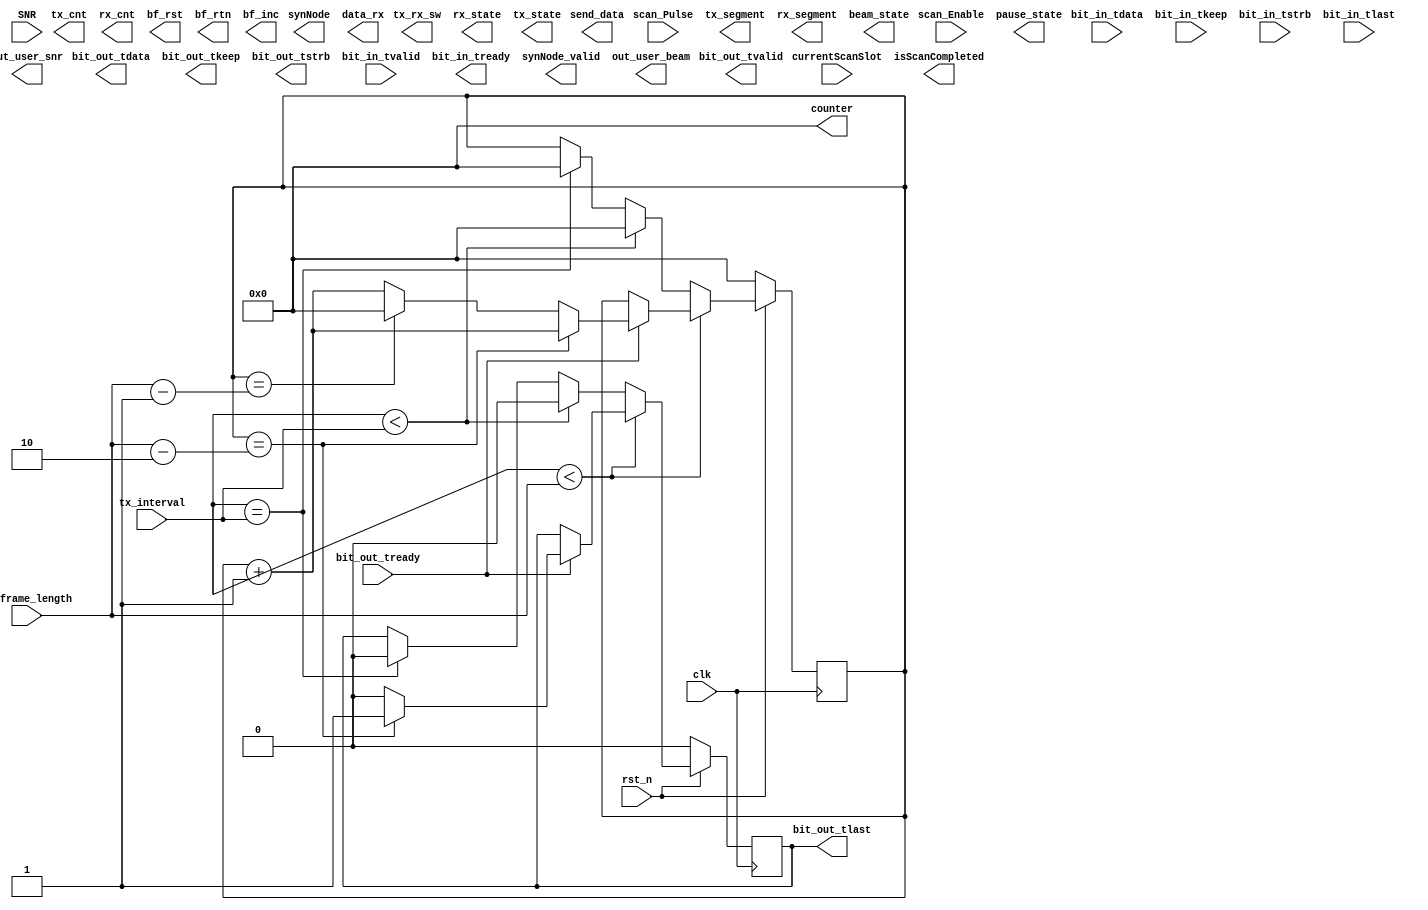
module beam_scan(
    input wire clk,
    input wire rst_n,
        
    input wire  [31:0] tx_interval,
    input wire  [31:0] tx_frame_length,
    
    input wire scan_Enable, // ־ǰΪɨȽ׶
    input wire scan_Pulse,  // ɨȹ̣ÿɨʱ϶ʼʱ̸
    input wire  [7:0] currentScanSlot,  //ǰɨʱ϶ͨʱʱ϶ȷǰ
    
    //˲Ϊݽӿ
    //ڻվ͹㲥źŰϢ
    //ûվϢ: (1)һʱ϶ڣÿյһ֡ݣǰӦ
    //                        2
    output wire [15:0] bit_out_tdata,
    output wire        bit_out_tvalid,
    input  wire        bit_out_tready,
    output wire  [1:0] bit_out_tkeep,
    output wire  [1:0] bit_out_tstrb,
    output reg         bit_out_tlast,
    
    //˲Ϊݽӿ
    //ڻվһʱ϶ڣÿ㲥һϢתΪ״̬ղͬûÿһźݵȣһʱ϶ɺж
    //ûյվÿһźݺǰϢȣͬʱûҪ洢ߵ
    input  wire [15:0] bit_in_tdata,
    input  wire        bit_in_tvalid,
    output wire        bit_in_tready,
    input  wire  [1:0] bit_in_tkeep,
    input  wire  [1:0] bit_in_tstrb,
    input  wire        bit_in_tlast,
    
    output wire synNode_valid,
    output wire [7:0] synNode,
    output wire isScanCompleted,
    
    input  wire SNR, //ź
    
    output reg [7:0]  out_user_beam,// 洢ÿûĲ
    output reg [15:0] out_user_snr,  // 洢ÿû
    
    output reg [15:0] data_rx,
    output reg pause_state, // ״̬վ1Ϊͣ0Ϊͣû1Ϊͣ0Ϊ
    output reg [7:0]  tx_segment,
    output reg [7:0]  rx_segment,
    
    output reg [7:0] tx_cnt,
    output reg [7:0] rx_cnt,
    
    output reg [31:0] counter = 0,
    
    output reg send_data,
    
    output wire tx_rx_sw, //RXģʽ(TX_RX_SW=0)TXģʽ(TX_RX_SW=1)
    output reg beam_state,//1Ϊ 
    output reg rx_state, //1Ϊ
    output reg tx_state, //1Ϊ
    
    output reg bf_rst, // BF_RSTΪԤ̵Ĭֵ=0  bs-> reg  ue->wire
    output reg bf_rtn, // BF_INCָ1
    output reg bf_inc  // BF_RTNʱΪԤ̵Ĭֵ
    );
    parameter [31:0] PAUSE_TIME = 5;
    parameter [31:0] BEAM_TIME = 10;
    
    // иʼ״̬־ʾǷΪһµķ͵Ŀʼ
    reg init_state = 1'b1; 
    
    reg [7:0] beam_index [63:0]; ////  Array to store the beam numbers,ǰÿĴСжټĴ
    reg [7:0] beam_count = 0; // Counter for the beam numbers
    
    reg [31:0] cnt_tlast; 
    reg [31:0] cnt_point_transed;
    
//    reg [5:0]  tx_segment = 0; 
    reg [95:0] tx_data; // Data to be transmitted
    reg [95:0] rx_data; // 洢յ
//    reg [7:0]  rx_segment = 0; // 洢ݵĶκ
    
//    reg send_data; // Flag to control data transmission
    
    reg [7:0]  best_bs_beam; // 洢ѻվĲ
    reg [7:0]  best_user_beam;//// 洢ûĲ
    reg [15:0] best_snr; // 洢Ѳ
    
    integer i;
    
    reg [31:0] pause_counter = 0; // ļ
//    reg [31:0] counter = 0;
//    reg pause_state; // ״̬1Ϊͣ0Ϊ
//    reg [7:0] tx_cnt = 0;
//    reg [7:0] rx_cnt = 0;
    
    `ifdef NODE_UE
        // ûض߼
        reg [15:0] snr [63:0]; // 洢ÿ
        reg [7:0]  user_beam ; // 洢ÿûĲ
        reg [7:0]  user_counter;
        reg [7:0]  rx_counter;
    `endif
    `ifdef NODE_BS
        // վݵ߼       
        reg [7:0] user_beam [63:0]; // 洢ÿûĲ
        reg [15:0] bs_snr [63:0]; // 洢ÿͲ
//        reg beam_state;// һηͽɺԤʱв Ϊ1ʱ  Ϊ0ʱ
    `endif
    
    `ifdef NODE_BS  //վ:׼\  վֱٶ
        always @(posedge clk or posedge scan_Pulse) begin
            if (rst_n == 1'b0) begin
                cnt_point_transed <= 32'd0;
                tx_segment <= 6'd0;   tx_data <= 96'd0;
                rx_segment <= 6'd0;   rx_data = 96'd0;
                send_data  <= 1'b0; 
                pause_counter <= 32'd0;  pause_state <= 1'b0;
                best_snr <= 16'd0;
                beam_state <= 1'b0;
                rx_state <= 1'b0;
                tx_state <= 1'b1;
                bf_inc <= 1'b0;
                bf_rtn <= 1'b0;
                bf_rst <= 1'b1;
                for (i = 0; i < 64; i = i + 1)
                    user_beam[i] <= 8'd0;
                for (i = 0; i < 64; i = i + 1)
                    bs_snr[i] <= 16'd0;
                for (i = 0; i < 64; i = i + 1'b1)
                    beam_index[i] <= i;
            end
            else begin
            
                //
//                if (pause_state == 1'b1) begin //ͣͣտ϶
                if (rx_state == 1'b1) begin //ͣͣտ϶
//                    if (bit_in_tvalid)begin
                        rx_data[rx_segment*16+:16] = bit_in_tdata;
                        data_rx  <= rx_data[rx_segment*16+:16];
                        if (rx_segment < 8'd5 ) begin
                            rx_segment = rx_segment + 8'd1;
                        end
                        else begin
                            rx_segment = 8'd0;
                            user_beam[rx_data[39:32]] = rx_data[39:32];
                            //ѡ
//                            if(rx_data[7:0] != )
//                                user_counter <= user_counter + 1'b1;
//                            end
                            bs_snr [beam_count] <=  rx_data[55:40];
                            out_user_beam       <=  rx_data[39:32]; // 洢ûĲ
                            out_user_snr        <=  rx_data[55:40]; // 洢ÿվ
                            // ͣʱղ洢û˷Ļվ˷ͲŵԼûǰĲ
                            if (bs_snr [beam_count] > best_snr) begin
                                best_bs_beam   <=   beam_count;
                                best_user_beam <=   rx_data[39:32];
                                best_snr       <=   bs_snr[beam_count]; //洢һʱ϶64
                            end
                        end
//                    end
                    if (pause_counter < PAUSE_TIME) begin
                        pause_counter  =   pause_counter + 32'd1;
                    end
                    else begin
//                        pause_state    =   1'b0;
//                        pause_counter  =   32'd0;
                        pause_counter  <=   pause_counter + 32'd1;
                        beam_state     <=   1'b1; // ״̬һ״̬
                        rx_state     <=   1'b0;
                        tx_state    <=   1'b0;
                        rx_data <= 96'd0;
                        data_rx <= 16'd0;
                    end
                end
                
                //
                else if(beam_state == 1'b1)begin
//                else if(beam_state == 1'b1)begin
                
                    if(pause_counter < BEAM_TIME)begin //  <10
                        pause_counter  <=   pause_counter + 32'd1;
                        if(beam_count > 0 && beam_count <= 63)begin //inc
                            bf_inc <= 1'b1;
                        end
                        else if( beam_count == 0 && send_data == 0)begin
//                        else if(beam_count == 63 || beam_count == 0)begin
                            bf_rst <= 1'b1;
                        end
                        
                    end
                    else begin //׶
//                        pause_state   <=   1'b0;
                        pause_counter <= 32'd0;
                        beam_state    <=   1'b0;
                        tx_state    <=   1'b1;
                        rx_state     <=   1'b0;
                        bf_inc <= 1'b0;
                        bf_rst <= 1'b0;
                        bf_rtn <= 1'b0;
                    end
                    
                end
                
                //
                else if(tx_state == 1 )begin
//                if(tx_state == 1 || (beam_state == 0 && rx_state == 0) )begin
//                if(pause_state == 0 && beam_state == 0)begin
//                else if(pause_state == 0 && beam_state == 0)begin
                    rx_data <= 96'd0;
                    data_rx <= 16'd0;
                    if (scan_Enable && scan_Pulse  && beam_count == 0) begin //һźŷ
                        // Construct the data to be transmitted
                        send_data  <=  1'b1;
                        bf_rst <= 1'b0;
                        tx_data [95:40] <=  56'h4321567890ABCD; // Reserved
                        tx_data [39:32] <=  beam_index[beam_count]; // Beam index
                        tx_data [31:22] <=  10'd96; // Data length
                        tx_data [21:16] <=  6'b001001; // Data type
                        tx_data [15:8]  <=  8'hFF; // Destination address
                        tx_data [7:0]   <=  8'h01; // Source address
                    end
                    else if (scan_Enable && bit_out_tready  && beam_count != 0) begin//沨źŷ
                        send_data <= 1'b1;
                        tx_data [95:40] <=  56'h1234567890ABCD; // Reserved
                        tx_data [39:32] <=  beam_index[beam_count]; // Beam index
                        tx_data [31:22] <=  10'd96; // Data length
                        tx_data [21:16] <=  6'b001001; // Data type
                        tx_data [15:8]  <=  8'hFF; // Destination address
                        tx_data [7:0]   <=  8'h01; // Source address
                    end
                    if (cnt_point_transed < tx_frame_length && send_data ) begin
                        if (bit_out_tready == 1'b1) begin
                            cnt_point_transed <= cnt_point_transed + 32'd1;
                            if (tx_segment < 6'd5) begin
                                tx_segment = tx_segment + 6'd1;
                            end
                            else begin
                                tx_segment  = 6'd0; 
                                beam_count  = beam_count + 1'b1;
//                                pause_state = 1'b1;
                                tx_state = 1'b0;
                                rx_state = 1'b1;
                                beam_state = 1'b0;
                                rx_data[rx_segment*16+:16] = bit_in_tdata;
                                data_rx  <= rx_data[rx_segment*16+:16];
                                if (beam_count > 63) begin
                                    beam_count <=  0;
                                    send_data  <=  1'b0;
                                    tx_data    <=  96'd0;    
                                end
                            end
                        end
                    end
                    else if (cnt_point_transed < tx_interval) begin
                        cnt_point_transed  <=  cnt_point_transed + 32'd1;
                    end
                    else if (cnt_point_transed == tx_interval) begin
                        cnt_point_transed  <=  32'd0;
                    end
                end
            end
        end
    `endif
    
    
     `ifdef NODE_UE //û:׼\
//  ˲:ÿʱ϶Уû˻յվ˷͵64ĲͬݣͨȽбȽϡ
//  ȣÿʱ϶ʱѡȵĻվ˷͵ĲšȻ64ʱ϶
//  Ƚÿʱ϶ѡľȵĻվ˷͵ĲţѡĲţȷӦûղźţѲԡ
//  ÿʱ϶ʱÿȺѡѵĲ
        always @(posedge clk or posedge scan_Pulse) begin
            if (rst_n == 1'b0) begin
                cnt_point_transed <= 32'd0;
                best_bs_beam <= 8'd0; best_user_beam  <=  8'd0; best_snr  <=  16'd0;
                tx_segment  <=  6'd0; tx_data  <=  96'd0;
                rx_segment  <=  6'd0; rx_data  <=  96'd0;
                user_beam   <=  8'd0;
                pause_counter  <=  32'd0; pause_state  <=  1'b0;
                rx_counter <= 8'd0;
                counter = 32'd0;
                beam_state <= 1'b0;
                rx_state <= 1'b1;
                tx_state <= 1'b0;
                bf_inc <= 1'b0;
                bf_rtn <= 1'b0;
//                bf_rst <= 1'b1;
                rx_cnt    <=   1'b0;
                tx_cnt    <=   1'b0;
                for (i = 0; i < 64; i = i + 1)
                    snr[i] <= 16'd0;
            end
            else  begin
 
                if(rx_segment == 8'd5)begin
                    counter <= counter + 1'b1;
                    rx_data <= 96'd0;
                    data_rx <= 16'd0;
                    rx_state <= 1'b0;
                    tx_state <= 1'b1;
                    beam_state <= 1'b0;
                    rx_segment  =  8'd0;
                    tx_segment  =  8'd0;
                    rx_cnt = 1'b0;
                    tx_cnt = 1'b0;
                end
                
                //
               if (tx_state == 1'b1) begin
                     tx_cnt = tx_cnt + 8'd1;
//                     rx_data <= 96'd0;
//                     data_rx <= 16'd0;
                    // ڻվͣʱյĶӦվͲŵȷͳȥ
                    tx_data[95:56] =  40'h1234567890; // Reserved
    //                tx_data[47:40] = snr[best_beam]; // SNR of the best beam
                    tx_data[55:40] =  snr[rx_data[39:32]]; // SNR of current BS's beam
    //                tx_data[39:32] = best_beam; // User's current beam
                    tx_data[39:32] =  user_beam; // User's current beam
                    tx_data[31:22] =  10'd96; // Data length
                    tx_data[21:16] =  6'b001001; // Data type
                    tx_data[15:8]  =  8'h01; // Destination address
                    tx_data[7:0]   =  8'h02; // Source address
                if (cnt_point_transed < tx_frame_length && tx_state ) begin
//                if (cnt_point_transed < tx_frame_length && pause_state ) begin
                    if (bit_out_tready == 1'b1) begin
                        cnt_point_transed <= cnt_point_transed + 32'd1;
                        if (tx_segment < 6'd5 ) begin
//                        if (tx_segment < 6'd5 && (tx_cnt > 1 )) begin
                            tx_segment  =  tx_segment + 6'd1;
                        end   
                        
//                        else begin
//                            tx_segment  <=  6'd0;
//                        end
                        if (pause_counter < PAUSE_TIME) begin
                            pause_counter  =   pause_counter + 32'd1;
                        end
                        else begin
                            pause_counter  <=   pause_counter + 32'd1;
                            beam_state     <=   1'b1; // ״̬һ״̬
                            rx_state     <=   1'b0;
                            tx_state    <=   1'b0;
                            rx_data <= 96'd0;
                            data_rx <= 16'd0;                    
                        end
                    end
                end
                else if (cnt_point_transed < tx_interval) begin
                    cnt_point_transed  <=  cnt_point_transed + 32'd1;
                end
                else if (cnt_point_transed == tx_interval) begin
                    cnt_point_transed  <=  32'd0;
                end
            end//ͽ
            
            //
            if(beam_state == 1'b1)begin
//                else if(beam_state == 1'b1)begin
            
                if(pause_counter < BEAM_TIME)begin //  <10
                    pause_counter  <=   pause_counter + 32'd1;
                    if(counter > 0 && counter < 64)begin //inc
//                    if(user_beam >= 0 && user_beam <= 63)begin //inc
                        bf_inc <= 1'b1;
                    end
//                    else if( user_beam == 0 && counter == 0)begin
////                        else if(beam_count == 63 || beam_count == 0)begin
//                        bf_rst <= 1'b1;
//                    end
                end
                else begin //׶
                    pause_counter <= 32'd0;
                    beam_state    <=   1'b0;
                    tx_state      <=   1'b0;
                    rx_state      <=   1'b1;
                    bf_inc <= 1'b0;
//                    bf_rst <= 1'b0;
                    bf_rtn <= 1'b0;
                end
            end
            
            
            // 
            if (bit_in_tvalid) begin
//                    rx_state <= 1'b1;
//                    tx_state <= 1'b0;
//                    beam_state <= 1'b0;
//                    pause_counter  =   pause_counter + 32'd1;
//                    counter <= 32'd1;
                    pause_state <= 1'b1;
//                    rx_cnt <= rx_cnt + 8'd1;
//                    rx_cnt = rx_cnt + 8'd1;
//                    rx_data[rx_segment*16+:16] = bit_in_tdata;
//                    data_rx    =  rx_data[rx_segment*16+:16];
//                    if (rx_segment < 8'd6 ) begin
                    if (rx_segment < 8'd5 && (rx_cnt != 0 )) begin
                        rx_segment <= rx_segment + 8'd1;
                    end
//                    else begin
//                        rx_segment  =  8'd0;// ɣרΪ
//                    end
                    
                    rx_data[rx_segment*16+:16]   =   bit_in_tdata;
                                      data_rx    =   rx_data[rx_segment*16+:16];
                    rx_cnt <= rx_cnt + 8'd1;
                    if(rx_segment == 6'd5) begin
                    // µǰ
                        snr[rx_data[39:32]] <= SNR;
//                        rx_state <= 1'b0;
//                        tx_state <= 1'b1;
//                        beam_state <= 1'b0;
                        // ǰȱѲȴѵĲ
                        if (SNR > best_snr) begin
                            best_bs_beam    <=  rx_data[39:32];//洢һʱ϶64ķͲ
                            best_user_beam  <=  user_beam;
                            best_snr <= SNR;//洢һʱ϶64
                        end
                    end
               end
            //û˲һʱ϶ڸһ
//                if (tx_state) begin
                if (scan_Pulse) begin
                    counter    <= 32'd0;
                    pause_state <= 1'b0;
                    if(rx_counter >= 1) begin //user_beam0ʼ
                        user_beam = user_beam + 8'd1;
                    end
                    rx_counter = rx_counter + 1'b1;
                    if(rx_counter == 64) begin
                        user_beam  <=  8'd0;
                        rx_counter <=  8'd0;
                    end
                    if(user_beam == 64) begin
                        user_beam  <=  8'd0;
//                        counter    <= 32'd0;
//                        pause_state <= 1'b0;
                    end
                end
            end
        end
    `endif
    
    `ifdef NODE_BS //վģ
    //    assign bit_out_tvalid = (cnt_point_transed < tx_frame_length && send_data) ? bit_out_tready : 1'b0;
        assign bit_out_tvalid =  (tx_state == 1'b0) ? 1'b0 : ((cnt_point_transed < tx_frame_length && send_data) ? bit_out_tready : 1'b0);
        assign bit_out_tdata  =  (tx_state == 1'b0) ? 16'd0 : tx_data[tx_segment*16+:16];
        assign bit_out_tkeep  =   2'b11;
        assign bit_out_tstrb  =   2'b00;
        assign bit_in_tready  =  (rx_state == 1'b1) ? 1'b1 : 1'b0;
        assign tx_rx_sw = (rx_state == 1'b1) ? 1'b0 :1'b1; // RXģʽ(TX_RX_SW=0)TXģʽ(TX_RX_SW=1)
        assign isScanCompleted = (currentScanSlot == 64) ? 1'b1 : 1'b0;
    `endif
    `ifdef NODE_UE //û˷ģ
    //ûݲ
//        assign bit_out_tvalid =  (pause_state == 1'b1) ? bit_out_tready : ((cnt_point_transed < tx_frame_length && send_data) ? bit_out_tready : 1'b0);
        assign bit_out_tvalid =  (tx_state == 1'b1) ? 1'b1 : 1'b0;
//        assign bit_out_tdata  =  (pause_state == 1'b1) ? tx_data[tx_segment*16+:16] : ((pause_state == 1'b1) ? 16'd0 : tx_data[tx_segment*16+:16]); 
        assign bit_out_tdata  =  (tx_state == 1'b1) ? tx_data[tx_segment*16+:16] : 16'd0; 
        assign bit_out_tkeep  =   2'b11;
        assign bit_out_tstrb  =   2'b00;   
        assign bit_in_tready  =  (rx_state == 1'b1) ? 1'b1: 1'b0;
        assign tx_rx_sw = (tx_state == 1'b1) ? 1'b1 : 1'b0; // RXģʽ(TX_RX_SW=0)TXģʽ(TX_RX_SW=1)
        assign bf_rst = (pause_state == 0) ? 1'b1 : 1'b0;
    `endif
    
    // ΪTX_MODEBS:ͬڵ8bitνڵID_18bitʹõķͲ8bitνڵID_28bitʹõķͲ8bit
    //RX_MODEUE:BSڵַ8bitʹõĽղ8bit
     `ifdef NODE_BS //վͬģ鷢ģ
//        assign [7:0] synNode = (currentScanSlot == 64) ?  //64ʱ϶ɣҾжһʱ͸ͬģνڵڵIDԼվÿûʱĶӦĲ
        assign synNode_valid = (currentScanSlot == 64) ? 1'b1 : 1'b0;
     `endif
    `ifdef NODE_UE //ûͬģ鷢ģ
//        assign [7:0] synNode = (currentScanSlot == 64) ?  
        assign synNode_valid = (currentScanSlot == 64) ? 1'b1 : 1'b0;
     `endif 
    
    always @(posedge clk)
    begin
        if (rst_n == 1'b0) begin
            cnt_tlast <= 32'd0;
            bit_out_tlast <= 1'b0;
        end
        else begin
            if (cnt_point_transed < tx_frame_length) begin
                if (bit_out_tready == 1'b1) begin
                    if (cnt_tlast == (tx_frame_length - 32'd2)) begin
                        cnt_tlast <= cnt_tlast + 32'd1;
                        bit_out_tlast <= 1'b1; //ʾһ֡
                    end
                    else if (cnt_tlast == (tx_frame_length - 32'd1)) begin
                        cnt_tlast <= 32'd0;
                        bit_out_tlast <= 1'b0;
                    end
                    else begin
                        cnt_tlast <= cnt_tlast + 32'd1;
                        bit_out_tlast <= 1'b0;
                    end
                end
            end
            else if (cnt_point_transed < tx_interval) begin
                cnt_tlast <= 32'd0;
                bit_out_tlast <= 1'b0;
            end
            else if (cnt_point_transed == tx_interval) begin
                cnt_tlast <= 32'd0;
                bit_out_tlast <= 1'b0;
            end
        end
    end 
endmodule